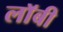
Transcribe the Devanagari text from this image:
लाॅबी